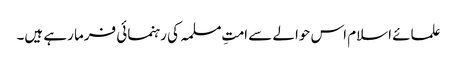
علمائے اسلام اس حوالے سے امتِ مسلمہ کی رہنمائی فرما رہے ہیں۔